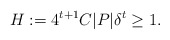
\begin{align*} H := 4^{t+1} C|P|\delta^{t} \geq 1. \end{align*}